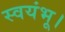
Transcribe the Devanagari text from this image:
स्वयंभू।